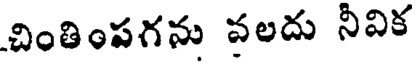
చింతింపగను వలదు నీవిక